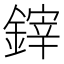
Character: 𨫃